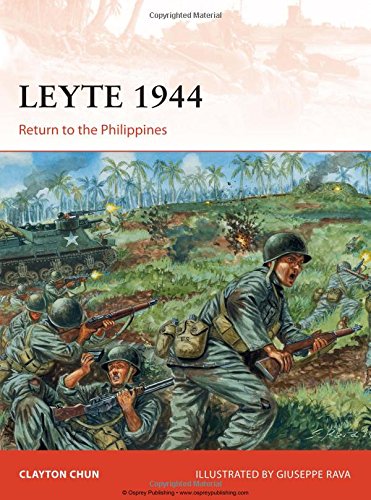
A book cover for Leyte 1944: Return to the Philippines (Campaign); Clayton Chun; History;